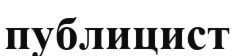
публицист